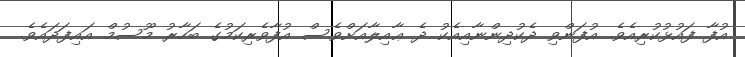
އުފާ ފައުޅުކުރިއެވެ. އުފަންވި ދެކުދިންނާއިއެކު ދެ ޢާއިލާއަށްވެސް އުފާވެރިކަމުގެ ބަހާރު މޫސުމް އައިފަދައެވެ.